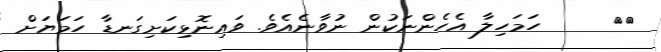
٢٦     ހަމަހިލާ އެހެންނަކުން ނުވާނެއެވެ. ވައިނޮޅިކަށިގަނޑާ ހަމަޔަށް